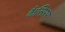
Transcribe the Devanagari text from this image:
कैसिरर